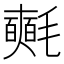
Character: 𣰰